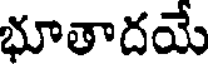
భూతాదయే